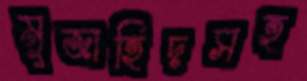
মুজাহিদসহ